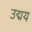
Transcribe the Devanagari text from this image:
उद्मय